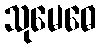
သုမေဓေ